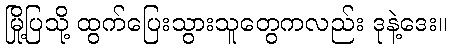
မြို့ပြသို့ ထွက်ပြေးသွားသူတွေကလည်း ဒုနဲ့ဒေး။